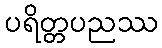
ပရိတ္တပညဿ